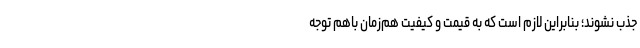
جذب نشوند؛ بنابراین لازم است که به قیمت و کیفیت هم‌زمان باهم توجه